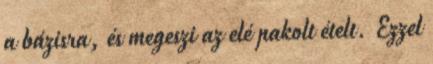
a bázisra, és megeszi az elé pakolt ételt. Ezzel